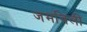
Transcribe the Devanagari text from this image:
जमविली